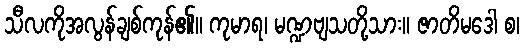
သီလကိုအလွန်ချစ်ကုန်၏။ ကုမာရ၊ မဏ္ဍဗျသတို့သား။ ဇာတိမဒေါ စ၊